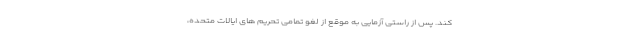
کند. پس از راستی آزمایی به موقع از لغو تمامی تحریم های ایالات متحده،